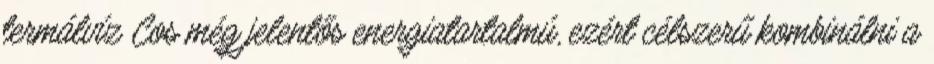
termálvíz Cos még jelentős energiatartalmú, ezért célszerű kombinálni a